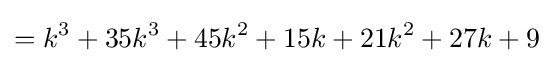
=k^{3}+35k^{3}+45k^{2}+15k+21k^{2}+27k+9